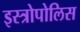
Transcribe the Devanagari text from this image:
इस्त्रोपोलिस